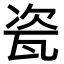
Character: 瓷